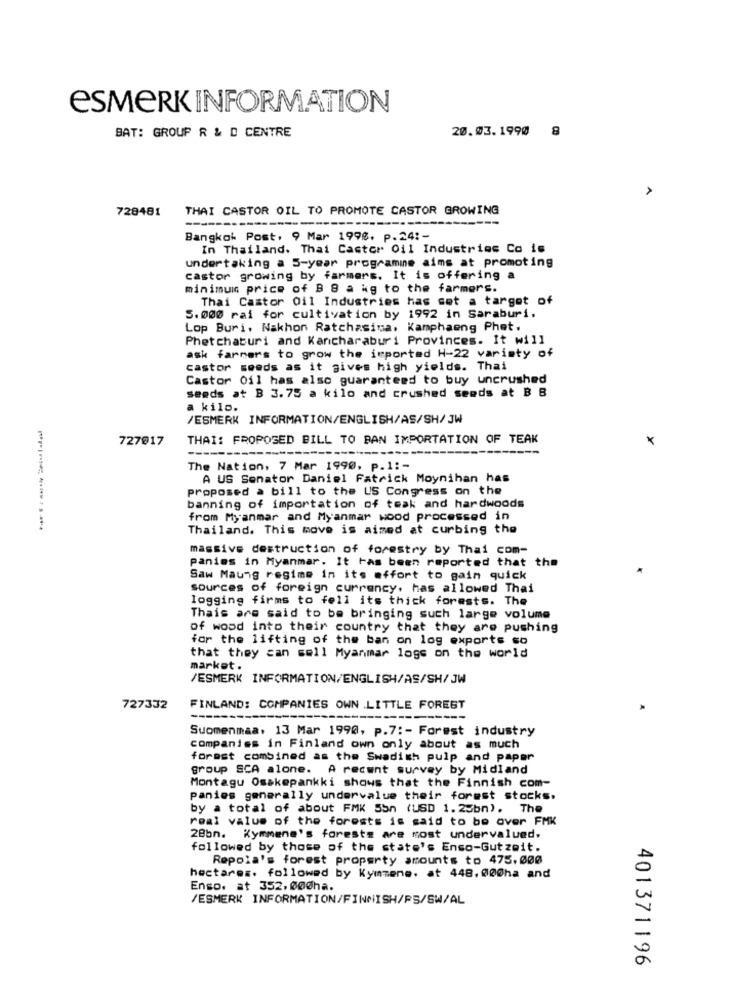
ESMERK INFORMATION
BAT: GROUP R & D CENTRE
20.03.1990 8
728481
THAI CASTOR OIL TO PROMOTE CASTOR GROWING
--
Bangkok Post, 9 Mar 1998, p.24 :-
In Thailand. Thai Castor Oil Industries Co is
undertaking a 5-year programmne aims at promoting
castor growing by farmers. It is offering a
minimum price of 8 8 a kg to the farmers.
Thai Castor Oil Industries has set a target of
5. 000 rai for cultivation by 1992 in Saraburi.
Lop Buri, Nakhon Ratchasima, Kamphaeng Phet.
Phetchaburi and Kancharaburi Provinces. It will
ask farmers to grow the imported H-22 variety of
castor seeds as it gives high yields. Thai
Castor Oil has also guaranteed to buy uncrushed
seeds at B 3.75 a kilo and crushed seeds at B B
a kilo.
/ESMERK INFORMATION/ENGLISH/AS/SH/JW
727@17
THAI: FROPOSED BILL TO PAN IMPORTATION OF TEAK
The Nation, 7 Mar 1990. p.1 :-
A US Senator Daniel Fatrick Moynihan has
proposed a bill to the US Congress on the
banning of importation of teak and hardwoods
from Myanmar and Myanmar wood processed in
Thailand. This move is aimed at curbing the
massive destruction of forestry by Thai com-
panies in Myanmar. It Has been reported that the
Saw Maung regime in its effort to gain quick
sources of foreign currency, has allowed Thai
logging firms to fell its thick forests. The
Thais are said to be bringing such large volume
of wood into their country that they are pushing
for the lifting of the ban on log exports so
that they can sell Myanmar logs on the world
market.
/ESMERK INFORMATION/ENGLISH/AS/SH/JW
727332
FINLAND: COMPANIES OWN LITTLE FOREST
Suomenmaa, 13 Mar 1990, p.7 :- Forest industry
companies in Finland own only about as much
forest combined as the Swedish pulp and paper
group SCA alone. A recent survey by Midland
Montagu Osskepankki shows that the Finnish com-
panies generally undervalue their forest stocks.
by a total of about FMK 55n (USD 1.25bm). The
real value of the forests is said to be over FMK
28bn. Kymmene's forests are most undervalued,
followed by those of the state's Enso-Gutzeit.
Repola's forest property amounts to 475.000
hectares. followed by Kymmene. at 448.000ha and
Enso. at 352.000ha.
/ESMERK INFORMATION/FINNISH/PS/SW/AL
401371196